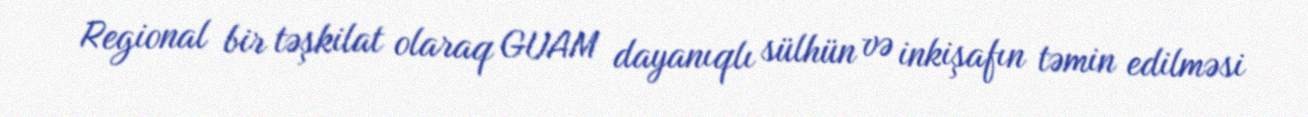
Regional bir təşkilat olaraq GUAM dayanıqlı sülhün və inkişafın təmin edilməsi